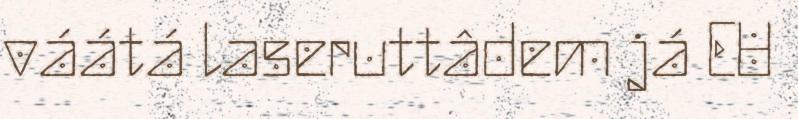
váátá laseruttâdem já EU